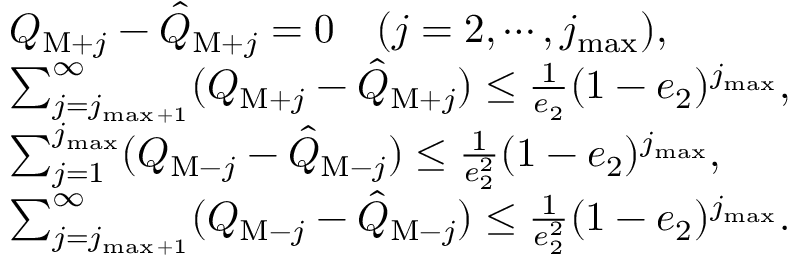
\begin{array} { r l } & { Q _ { \mathrm { M } + j } - \hat { Q } _ { \mathrm { M } + j } = 0 \quad ( j = 2 , \cdots , j _ { \operatorname* { m a x } } ) , } \\ & { \sum _ { j = j _ { \operatorname* { m a x } + 1 } } ^ { \infty } ( Q _ { \mathrm { M } + j } - \hat { Q } _ { \mathrm { M } + j } ) \le \frac { 1 } { e _ { 2 } } ( 1 - e _ { 2 } ) ^ { j _ { \operatorname* { m a x } } } , } \\ & { \sum _ { j = 1 } ^ { j _ { \operatorname* { m a x } } } ( Q _ { \mathrm { M } - j } - \hat { Q } _ { \mathrm { M } - j } ) \le \frac { 1 } { e _ { 2 } ^ { 2 } } ( 1 - e _ { 2 } ) ^ { j _ { \operatorname* { m a x } } } , } \\ & { \sum _ { j = j _ { \operatorname* { m a x } + 1 } } ^ { \infty } ( Q _ { \mathrm { M } - j } - \hat { Q } _ { \mathrm { M } - j } ) \le \frac { 1 } { e _ { 2 } ^ { 2 } } ( 1 - e _ { 2 } ) ^ { j _ { \operatorname* { m a x } } } . } \end{array}